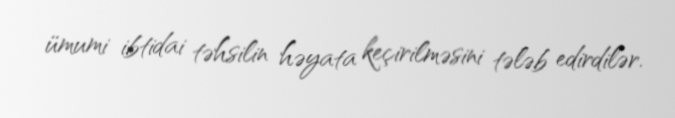
ümumi ibtidai təhsilin həyata keçirilməsini tələb edirdilər.